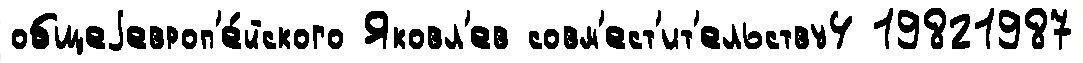
общеjевроп'е́йского Яковл'ев совм'ест'ит'ельству4 19821987